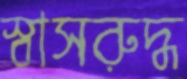
স্বাসরুদ্ধ